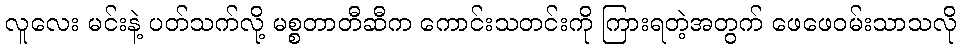
လူလေး မင်းနဲ့ ပတ်သက်လို့ မစ္စတာတီဆီက ကောင်းသတင်းကို ကြားရတဲ့အတွက် ဖေဖေဝမ်းသာသလို